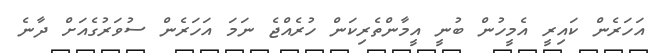
އަހަރެން ކައިރީ އެމީހުން ބުނީ އީމާންތެރިކަން ހުރެއްޖެ ނަަމަ އަހަރެން ސުވަރުގެއަށް ދާނެ